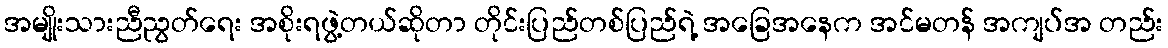
အမျိုးသားညီညွတ်ရေး အစိုးရဖွဲ့တယ်ဆိုတာ တိုင်းပြည်တစ်ပြည်ရဲ့ အခြေအနေက အင်မတန် အကျပ်အ တည်း